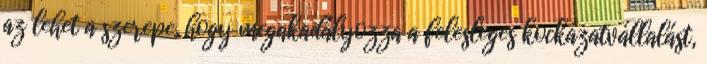
az lehet a szerepe, hogy megakadályozza a felesleges kockázatvállalást,